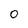
Character: 0